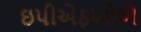
ઇપીએફઓએ